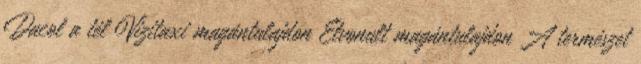
Dacol a tél Vizitaxi magántulajdon Elvonult magántulajdon A természet